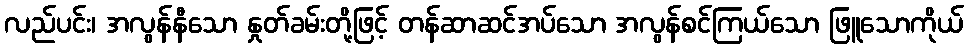
လည်ပင်း၊ အလွန်နီသော နှုတ်ခမ်းတို့ဖြင့် တန်ဆာဆင်အပ်သော အလွန်စင်ကြယ်သော ဖြူသောကိုယ်